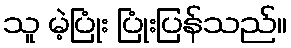
သူ မဲ့ပြုံး ပြုံးပြန်သည်။